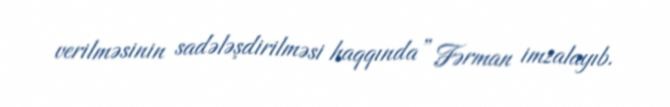
verilməsinin sadələşdirilməsi haqqında” Fərman imzalayıb.